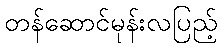
တန်ဆောင်မုန်းလပြည့်